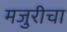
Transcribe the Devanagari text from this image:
मजुरीचा